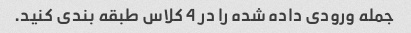
جمله ورودی داده شده را در 4 کلاس طبقه بندی کنید.